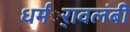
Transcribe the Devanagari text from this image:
धर्मर्ावलंबी